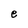
Character: e